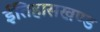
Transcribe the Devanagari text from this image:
ईतिहासखण्ड